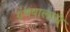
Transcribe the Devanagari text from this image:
ग्रंथपालाचे